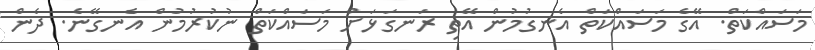
މަސައްކަތް. އޭގެ މަސައްކަތް އެނގުމުން އޭތި ރަނގަޅަށް މަސައްކަތް ނުކުރުމުން އެނގޭނެ. ދެން